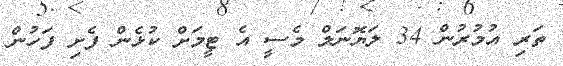
ތަރި އުމުރުން 34 ލަޔޮނަލް މެސީ އެ ޓީމަށް ކުޅެން ފެށި ފަހުން